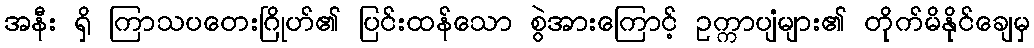
အနီး ရှိ ကြာသပတေးဂြိုဟ်၏ ပြင်းထန်သော စွဲအားကြောင့် ဥက္ကာပျံများ၏ တိုက်မိနိုင်ချေမှ